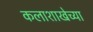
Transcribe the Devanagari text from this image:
कलाशाखेच्या